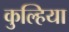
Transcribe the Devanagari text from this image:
कुल्हिया